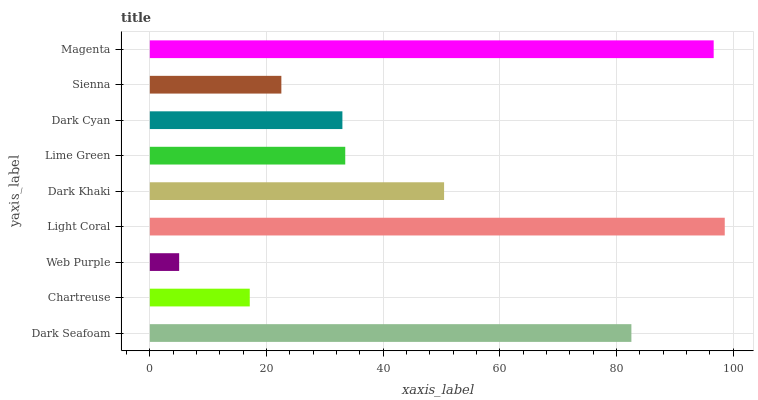
| yaxis_label | bars |
 | --- | --- |
 | Dark Seafoam | 82.6 |
 | Chartreuse | 17.1 |
 | Web Purple | 5.03 |
 | Light Coral | 98.6 |
 | Dark Khaki | 50.5 |
 | Lime Green | 33.5 |
 | Dark Cyan | 33 |
 | Sienna | 22.6 |
 | Magenta | 96.7 |